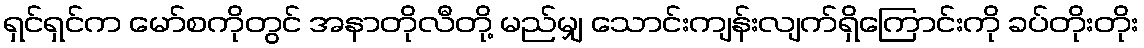
ရှင်ရှင်က မော်စကိုတွင် အနာတိုလီတို့ မည်မျှ သောင်းကျန်းလျက်ရှိကြောင်းကို ခပ်တိုးတိုး